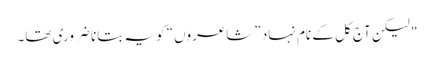
" لیکن آج کل کے نام نہاد ”شاعروں“ کو یہ بتانا ضروری تھا۔